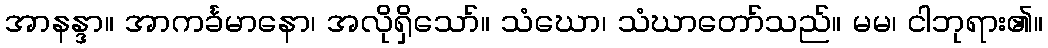
အာနန္ဒာ။ အာကင်္ခမာနော၊ အလိုရှိသော်။ သံဃော၊ သံဃာတော်သည်။ မမ၊ ငါဘုရား၏။